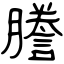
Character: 謄